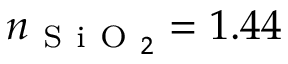
n _ { \mathrm { ~ S ~ i ~ O ~ } _ { 2 } } = 1 . 4 4